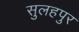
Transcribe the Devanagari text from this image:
सुलहपुर